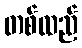
တစ်ထည်